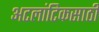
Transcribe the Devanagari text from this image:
अटलांटिकसाठी